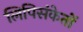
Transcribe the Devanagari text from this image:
लिपिसंकेतों